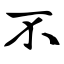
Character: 不